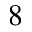
8